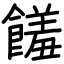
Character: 饈